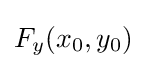
F_{y}(x_{0},y_{0})